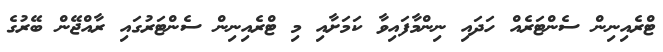
ޓްރެއިނިން ސެންޓަރެއް ހަދައި ނިންމާފައިވާ ކަމަށާއި މި ޓްރެއިނިން ސެންޓަރުގައި ރާއްޖޭން ބޭރުގެ